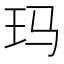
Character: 玛